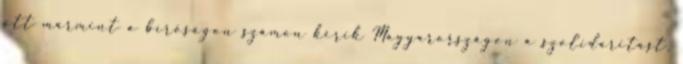
ott mármint a bíróságon számon kérik Magyarországon a szolidaritást,